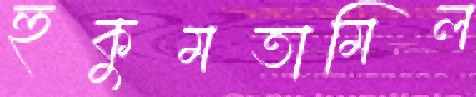
হুকুমতামিল